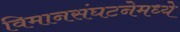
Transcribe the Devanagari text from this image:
विमानसंघटनेमध्ये